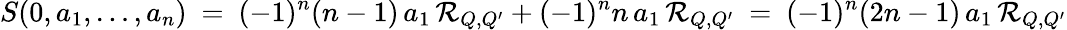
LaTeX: S(0,a_{1},\ldots,a_{n})\ =\ (-1)^{n}(n-1)\, a_{1}\, {\mathcal R}_{Q,Q^{\prime}}+(-1)^{n}n\, a_{1}\, {\mathcal R}_{Q,Q^{\prime}}\ =\ (-1)^{n}(2n-1)\, a_{1}\, {\mathcal R}_{Q,Q^{\prime}}